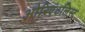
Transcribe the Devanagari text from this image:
ओरिएंटलिस्ट